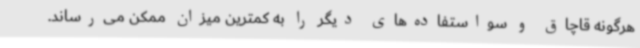
هرگونه قاچاق و سواستفاده‌های دیگر را به کمترین میزان ممکن می‌رساند.